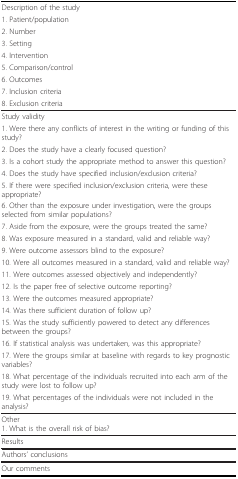
<table><thead><tr><td><b>Description of the study</b></td></tr><tr><td><b>1. Patient/population</b></td></tr><tr><td><b>2. Number</b></td></tr><tr><td><b>3. Setting</b></td></tr><tr><td><b>4. Intervention</b></td></tr><tr><td><b>5. Comparison/control</b></td></tr><tr><td><b>6. Outcomes</b></td></tr><tr><td><b>7. Inclusion criteria</b></td></tr><tr><td><b>8. Exclusion criteria</b></td></tr></thead><tbody><tr><td>Study validity</td></tr><tr><td>1. Were there any conflicts of interest in the writing or funding of this study?</td></tr><tr><td>2. Does the study have a clearly focused question?</td></tr><tr><td>3. Is a cohort study the appropriate method to answer this question?</td></tr><tr><td>4. Does the study have specified inclusion/exclusion criteria?</td></tr><tr><td>5. If there were specified inclusion/exclusion criteria, were these appropriate?</td></tr><tr><td>6. Other than the exposure under investigation, were the groups selected from similar populations?</td></tr><tr><td>7. Aside from the exposure, were the groups treated the same?</td></tr><tr><td>8. Was exposure measured in a standard, valid and reliable way?</td></tr><tr><td>9. Were outcome assessors blind to the exposure?</td></tr><tr><td>10. Were all outcomes measured in a standard, valid and reliable way?</td></tr><tr><td>11. Were outcomes assessed objectively and independently?</td></tr><tr><td>12. Is the paper free of selective outcome reporting?</td></tr><tr><td>13. Were the outcomes measured appropriate?</td></tr><tr><td>14. Was there sufficient duration of follow up?</td></tr><tr><td>15. Was the study sufficiently powered to detect any differences between the groups?</td></tr><tr><td>16. If statistical analysis was undertaken, was this appropriate?</td></tr><tr><td>17. Were the groups similar at baseline with regards to key prognostic variables?</td></tr><tr><td>18. What percentage of the individuals recruited into each arm of the study were lost to follow up?</td></tr><tr><td>19. What percentages of the individuals were not included in the analysis?</td></tr><tr><td>Other1. What is the overall risk of bias?</td></tr><tr><td>Results</td></tr><tr><td>Authors' conclusions</td></tr><tr><td>Our comments</td></tr></tbody></table>